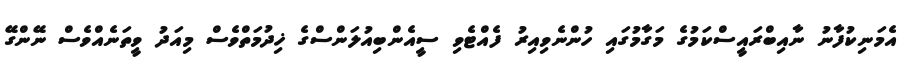
އެމަނިކުފާނު ނާއިބްރައީސްކަމުގެ މަގާމުގައި ހުންނެވިއިރު ފެއްޓެވި ސީއެންބިއުލަންސްގެ ޚިދުމަތްވެސް މިއަދު ވީތަނެއްވެސް ނޭންގޭ